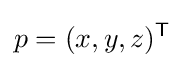
p=(x,y,z)^{\mathsf {T}}